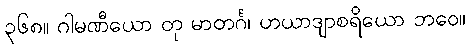
၃၆၈။ ဂါမဏီယော တု မာတင်္ဂ၊ ဟယာဒျာစရိယော ဘဝေ။